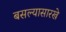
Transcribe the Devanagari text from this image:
बसल्यासारखे